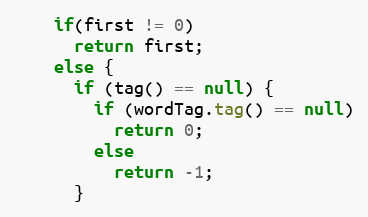
Language: Java
    if(first != 0)
      return first;
    else {
      if (tag() == null) {
        if (wordTag.tag() == null)
          return 0;
        else
          return -1;
      }